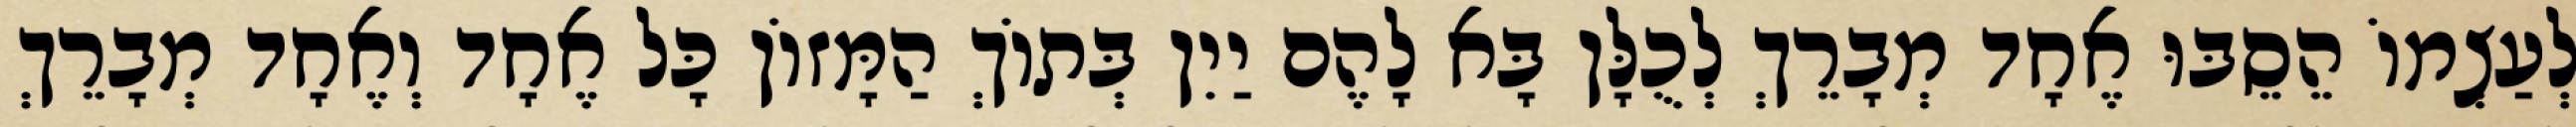
לְעַצְמוֹ הֵסֵבּוּ אֶחָד מְבָרֵךְ לְכֻלָּן בָּא לָהֶם יַיִן בְּתוֹךְ הַמָּזוֹן כָּל אֶחָד וְאֶחָד מְבָרֵךְ